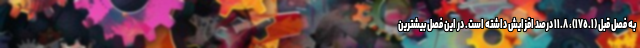
به فصل قبل (١٧٥.١)، ١١.٨ درصد افزایش داشته است. در این فصل بیشترین